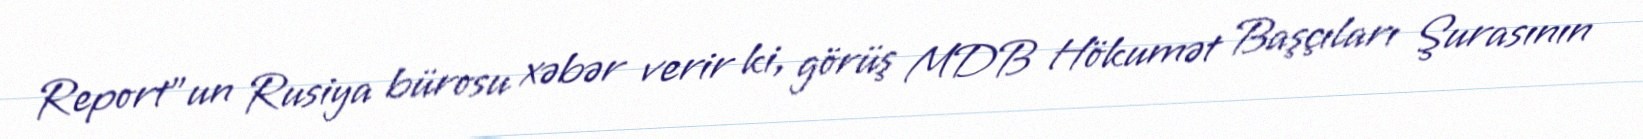
Report"un Rusiya bürosu xəbər verir ki, görüş MDB Hökumət Başçıları Şurasının